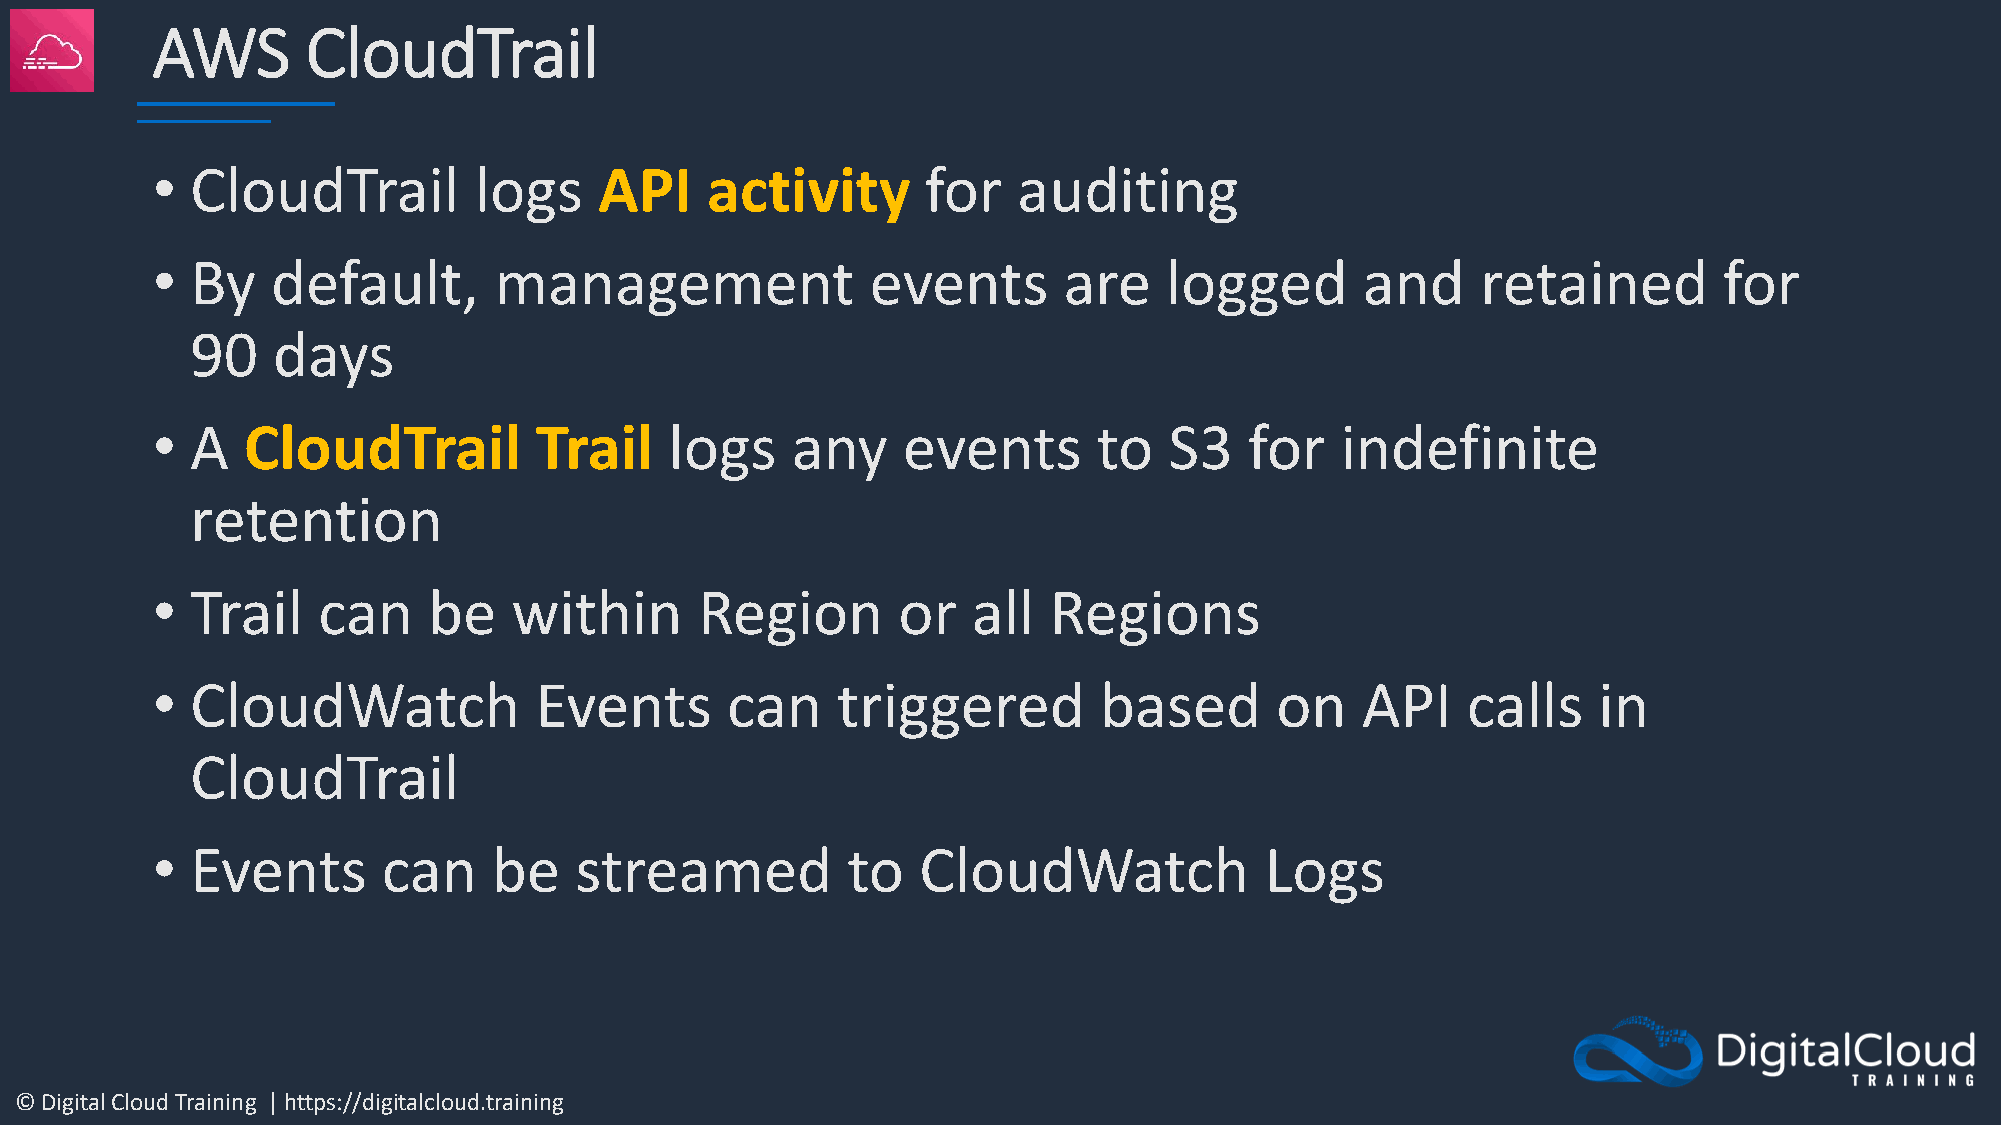
AWS       CloudTrail
 •  CloudTrail        logs     API    activity      for   auditing
 •  By   default,       management               events      are    logged       and     retained        for
 90   days
 •  A  CloudTrail         Trail    logs    any     events       to  S3    for   indefinite
 retention
 •  Trail   can    be    within      Region       or   all  Regions
 •  CloudWatch            Events       can    triggered         based      on    API    calls    in
 CloudTrail
 •  Events      can     be   streamed          to   CloudWatch             Logs
 © Digital Cloud Training | https://digitalcloud.training